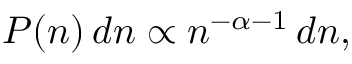
\begin{array} { r } { P ( n ) \, d n \propto n ^ { - \alpha - 1 } \, d n , } \end{array}